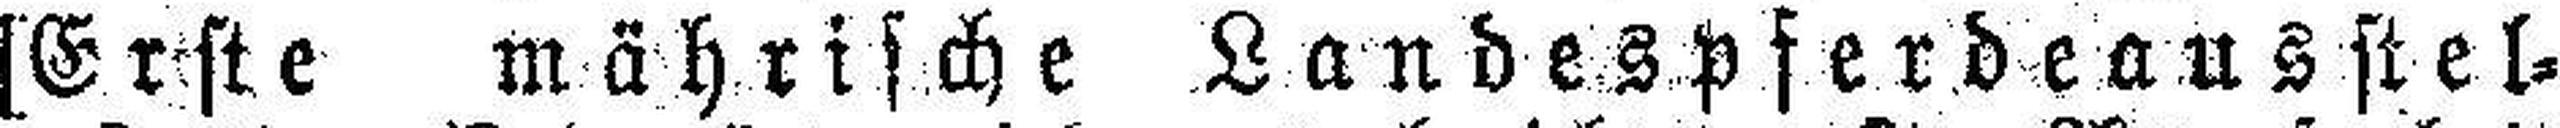
[Erste mährische Landespferdeausstel¬